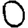
Digit: 0